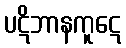
ပဋိဘာနကူဋေ